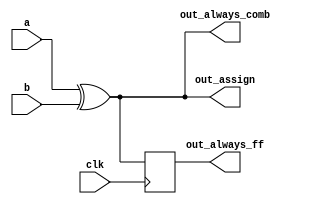
//https://hdlbits.01xz.net/wiki/Alwaysblock2

// synthesis verilog_input_version verilog_2001
module top_module(
    input clk,
    input a,
    input b,
    output wire out_assign,
    output reg out_always_comb,
    output reg out_always_ff   );

    assign out_assign = a ^ b;
    always @(*) begin
    	out_always_comb = a ^ b;
    end

    always @(posedge clk) begin
    	out_always_ff = a ^ b;
    end


endmodule